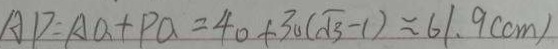
A D = A O + P Q = 4 0 + 3 0 ( \sqrt { 3 } - 1 ) \approx 6 1 . 9 ( c m )